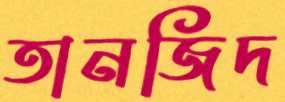
তানজিদ